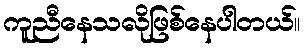
ကူညီနေသလိုဖြစ်နေပါတယ်။